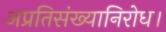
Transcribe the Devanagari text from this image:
अप्रतिसंख्यानिरोध।